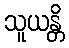
သူယန္တိ